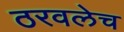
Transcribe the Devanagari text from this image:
ठरवलेच